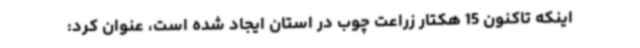
اینکه تاکنون 15 هکتار زراعت چوب در استان ایجاد شده است، عنوان کرد: